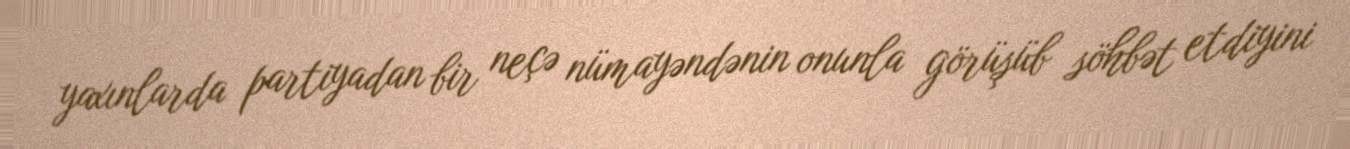
yaxınlarda partiyadan bir neçə nümayəndənin onunla görüşüb söhbət etdiyini